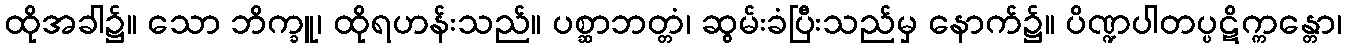
ထိုအခါ၌။ သော ဘိက္ခူ၊ ထိုရဟန်းသည်။ ပစ္ဆာဘတ္တံ၊ ဆွမ်းခံပြီးသည်မှ နောက်၌။ ပိဏ္ဍပါတပ္ပဋိက္ကန္တော၊